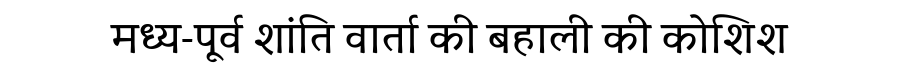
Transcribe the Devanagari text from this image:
मध्य-पूर्व शांति वार्ता की बहाली की कोशिश